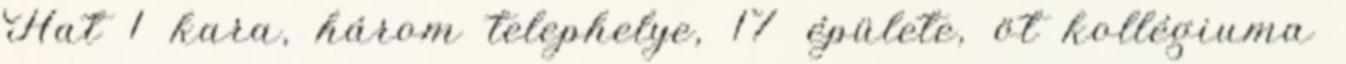
Hat 1 kara, három telephelye, 17 épülete, öt kollégiuma